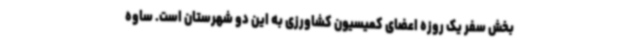
بخش سفر یک روزه اعضای کمیسیون کشاورزی به این دو شهرستان است. ساوه